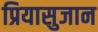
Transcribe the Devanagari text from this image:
प्रियासुजान